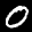
Label: 0